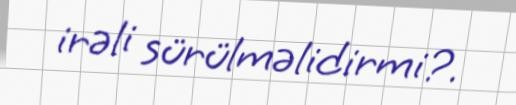
irəli sürülməlidirmi?.